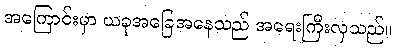
အကြောင်းမှာ ယခုအခြေအနေသည် အရေးကြီးလှသည်။